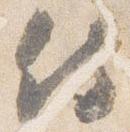
侍